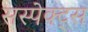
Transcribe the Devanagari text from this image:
सस्पेक्ट्स